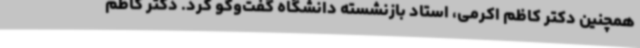
همچنین دکتر کاظم اکرمی، استاد بازنشسته دانشگاه گفت‌وگو کرد. دکتر کاظم